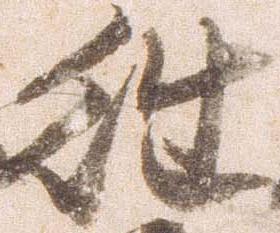
往